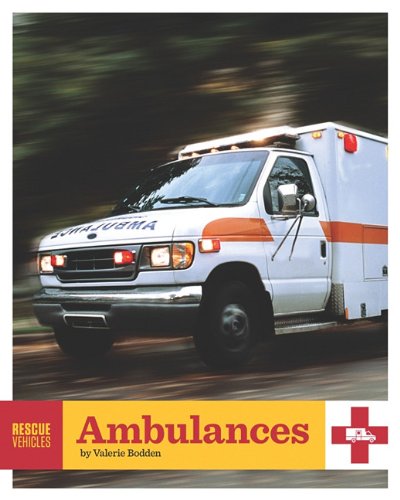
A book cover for Ambulances (Rescue Vehicles); Valerie Bodden; Medical Books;